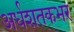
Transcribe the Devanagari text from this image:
अर्धशतकभर